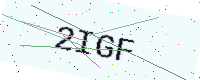
Text: 2IGF